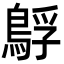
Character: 𮬻